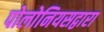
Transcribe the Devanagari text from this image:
पोलोनियसद्वारा